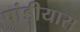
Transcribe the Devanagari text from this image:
पांडीयास